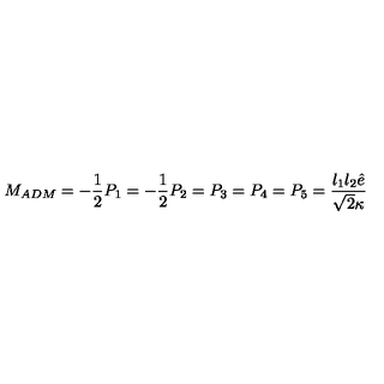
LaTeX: M _ { A D M } = - \frac 1 2 P _ { 1 } = - \frac 1 2 P _ { 2 } = P _ { 3 } = P _ { 4 } = P _ { 5 } = \frac { l _ { 1 } l _ { 2 } \hat { e } } { \sqrt { 2 } \kappa }